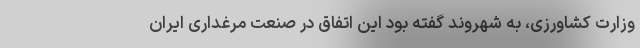
وزارت کشاورزی، به شهروند گفته بود این اتفاق در صنعت مرغداری ایران